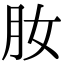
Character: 肗